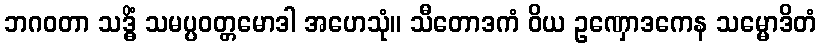
ဘဂဝတာ သဒ္ဓိံ သမပ္ပဝတ္တမောဒါ အဟေသုံ။ သီတောဒကံ ဝိယ ဥဏှောဒကေန သမ္မောဒိတံ